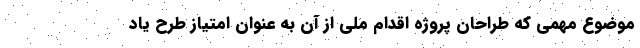
موضوع مهمی که طراحان پروژه اقدام ملی از آن به عنوان امتیاز طرح یاد